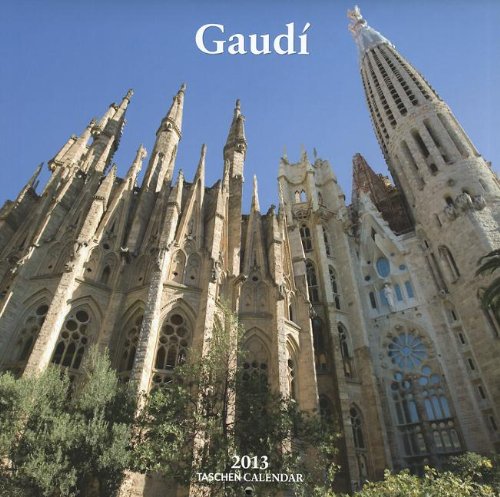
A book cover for Gaudi - 2013 (Taschen Wall Calendars); Benedikt TASCHEN; Calendars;